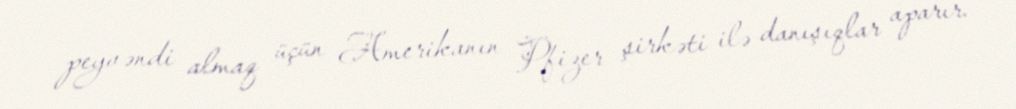
peyvəndi almaq üçün Amerikanın Pfizer şirkəti ilə danışıqlar aparır.